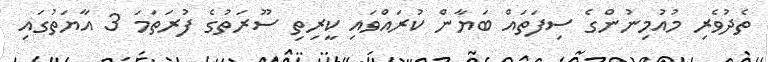
ތެދުވެރި މުއުމިނުންގެ ސިފަތައް ބަޔާން ކުރައްވައި ކީރިތި ސޫރަތުގެ ފުރަތަމަ 3 އާޔަތުގައި